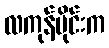
လကုန်ပိုင်းက